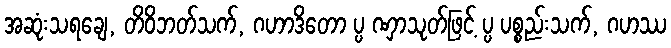
အဆုံးသရချေ, တိဝိဘတ်သက်, ဂဟာဒိတော ပ္ပ ဏှာသုတ်ဖြင့် ပ္ပ ပစ္စည်းသက်, ဂဟဿ